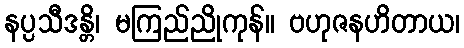
နပ္ပသီဒန္တိ၊ မကြည်ညိုကုန်။ ဗဟုဇနဟိတာယ၊